Civil Veterinary Dept. Assam report 1927-50 - 1927-1950
Year: 1927
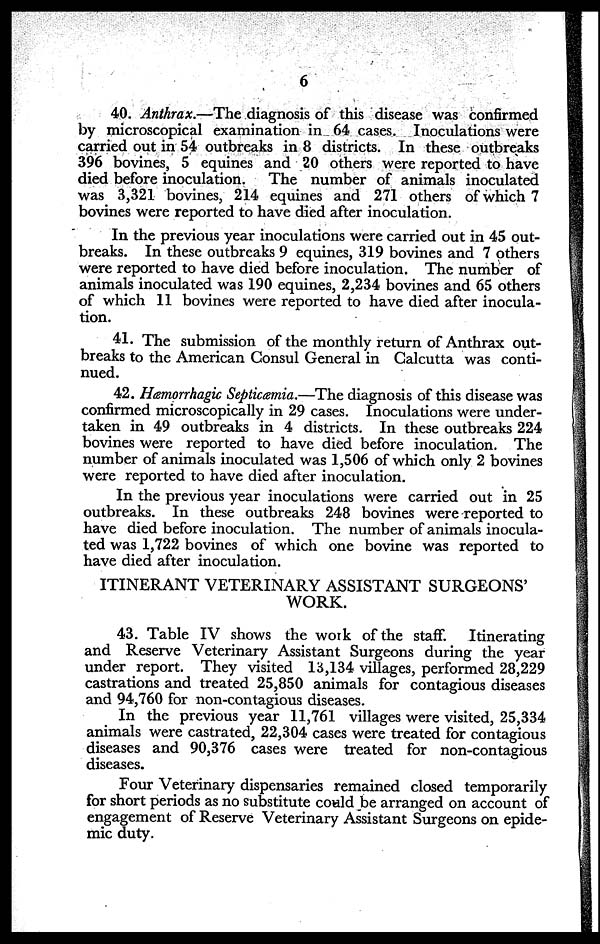
6
40. Anthrax.—The diagnosis of this disease was confirmed
by microscopical examination in 64 cases. Inoculations were
carried out in 54 outbreaks in 8 districts. In these outbreaks
396 bovines, 5 equines and 20 others were reported to have
died before inoculation.
The number of animals inoculated
was 3,321 bovines, 214 equines and 271 others of which 7
bovines were reported to have died after inoculation.
In the previous year inoculations were carried out in 45 out-
breaks. In these outbreaks 9 equines, 319 bovines and 7 others
were reported to have died before inoculation. The number of
animals inoculated was 190 equines, 2,234 bovines and 65 others
of which 11 bovines were reported to have died after inocula-
tion.
41. The submission of the monthly return of Anthrax out-
breaks to the American Consul General in Calcutta was conti-
nued.
42. Hæmorrhagic Septicæmia.—The diagnosis of this disease was
confirmed microscopically in 29 cases. Inoculations were under-
taken in 49 outbreaks in 4 districts. In these outbreaks 224
bovines were reported to have died before inoculation. The
number of animals inoculated was 1,506 of which only 2 bovines
were reported to have died after inoculation.
In the previous year inoculations were carried out in 25
outbreaks. In these outbreaks 248 bovines were reported to
have died before inoculation. The number of animals inocula-
ted was 1,722 bovines of which one bovine was reported to
have died after inoculation.
ITINERANT VETERINARY ASSISTANT SURGEONS'
WORK.
43. Table IV shows the work of the staff.
Itinerating
and Reserve Veterinary Assistant Surgeons during the year
under report. They visited 13,134 villages, performed 28,229
castrations and treated 25,850 animals for contagious diseases
and 94,760 for non-contagious diseases.
In the previous year 11,761 villages were visited, 25,334
animals were castrated, 22,304 cases were treated for contagious
diseases and 90,376 cases were treated for non-contagious
diseases.
Four Veterinary dispensaries remained closed temporarily
for short periods as no substitute could be arranged on account of
engagement of Reserve Veterinary Assistant Surgeons on epide-
mic duty.